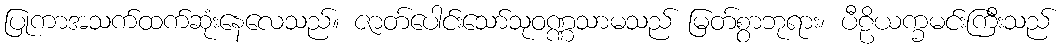
ပြုကာအသက်ထက်ဆုံးနေလေသည်။ ဇာတ်ပေါင်းသော်သုဝဏ္ဏသာမသည် မြတ်စွာဘုရား၊ ပီဠိယက္ခမင်းကြီးသည်